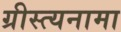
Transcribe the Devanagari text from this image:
ग्रीस्त्यनामा